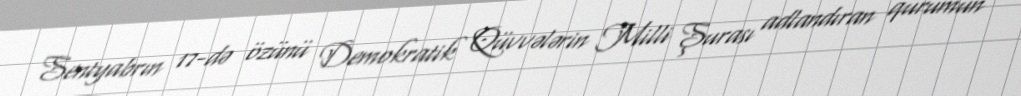
Sentyabrın 17-də özünü Demokratik Qüvvələrin Milli Şurası adlandıran qurumun